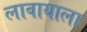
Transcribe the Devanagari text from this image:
लावायाला